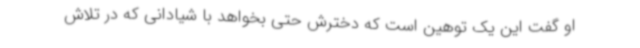
او گفت این یک توهین است که دخترش حتی بخواهد با شیادانی که در تلاش